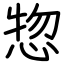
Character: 惣